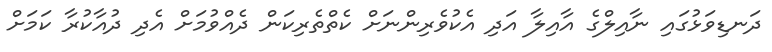
ދަނޑިވަޅުގައި ނާއިލްގެ އާއިލާ އަދި އެކުވެރިންނަށް ކެތްތެރިކަން ދެއްވުމަށް އެދި ދުއާކުރާ ކަމަށް